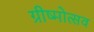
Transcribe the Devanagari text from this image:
ग्रीष्मोत्सव